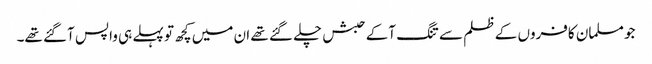
جو مسلمان کافروں کے ظلم سے تنگ آکے حبش چلے گئے تھے ان میں کچھ تو پہلے ہی واپس آگئے تھے۔